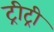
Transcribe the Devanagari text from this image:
ट्रीट्री